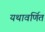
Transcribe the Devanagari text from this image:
यथावर्णित